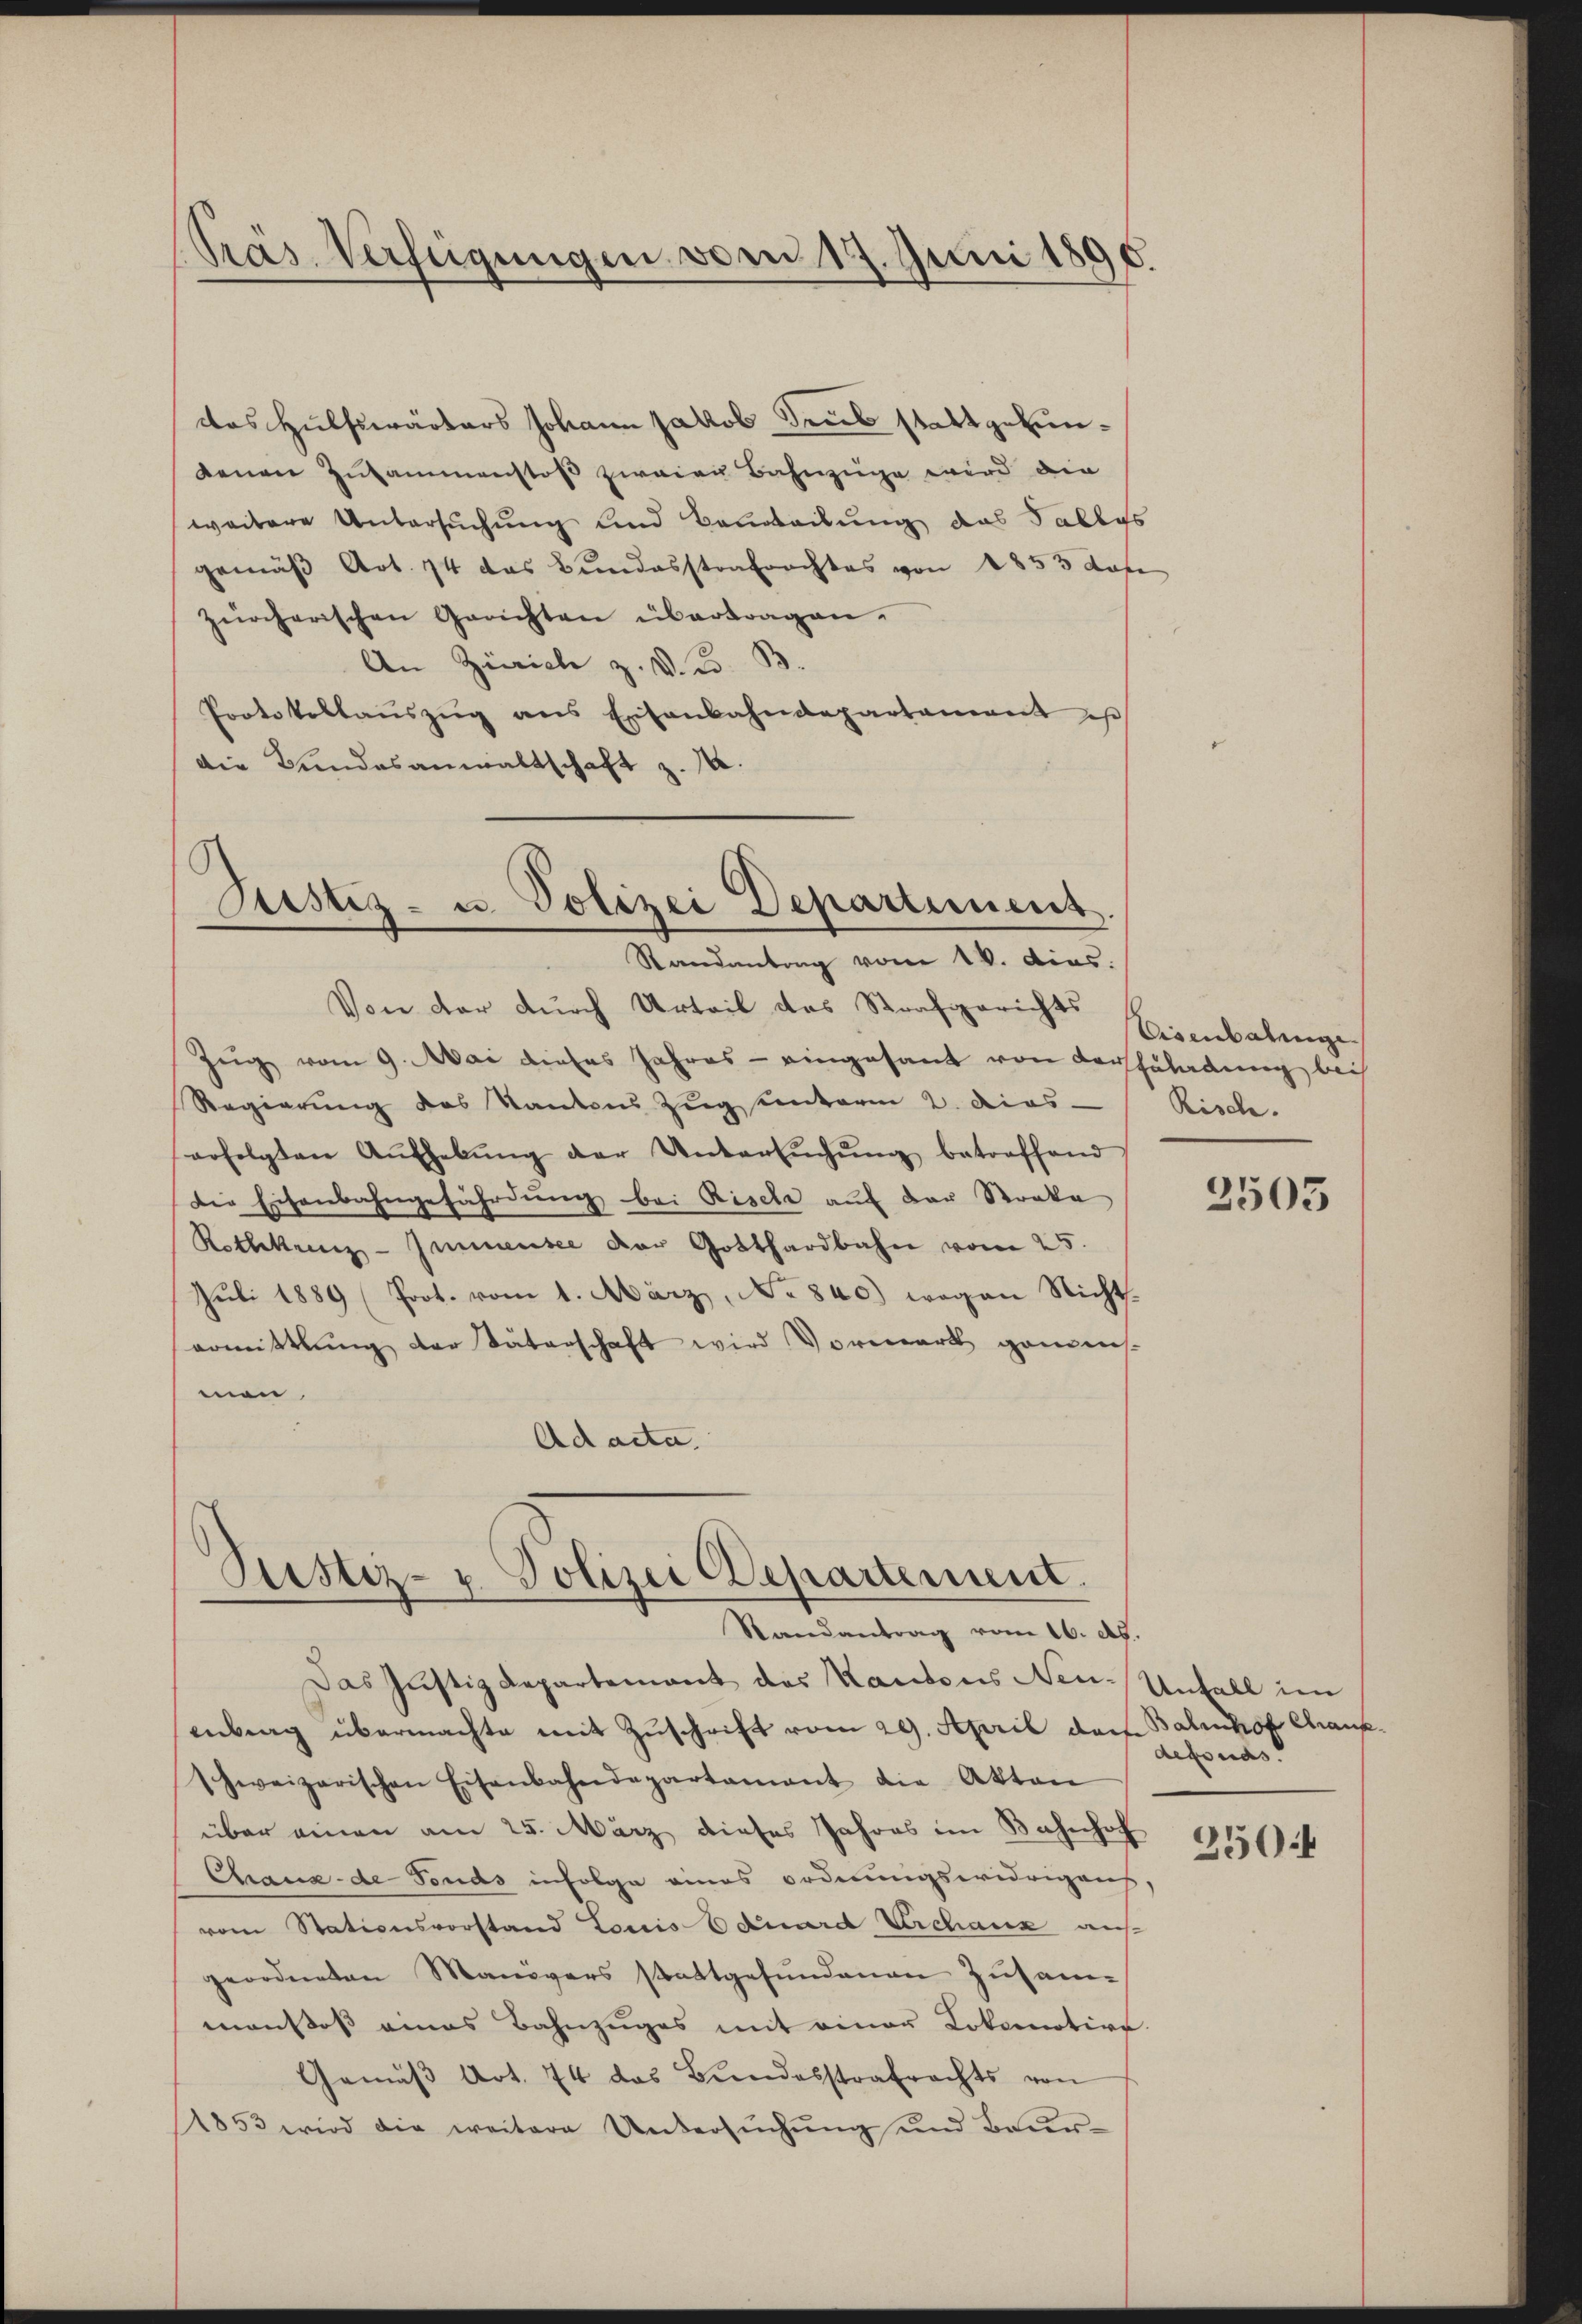
Präs. Verfügungen vom 19. Juni 1896.

das Hülfswärters Johann Jakob Saub stattgefundenen Zusammenstoß zweien Bahnzüge wird die
weitere Untersuchung und Beurteilung das Tablys
gemäβ Art. 74 das Bundesstrafrechtes von 1853 Sofe
zürcherischen Gerichten übertragen.
An Zürich z. V. K. B.
Protokollaŭszŭg ans Eisenbahndepartament es
Die Bundesanwaltschaft z. 10.

Justiz- u. Polizei Departement.

Justiz- u. Polizei Departement.
Randantrag vom 16. d.
Das Justizdepartement des Kantons Neu-Unfall im

Randantrag vom 14. dies
Von der durch Urteil das Strafgerichts
Zug vom 9. Mai dieses Jahres - eingesant von Vorzuladung bei
Regierung des Kantons Zug seinterm 2. dies
erfolgten Aŭfhebŭng der Untersŭchŭng betreffend
Die Eisenbahngefährdung bei Rische auf der Straka
Rothkreuz-Zimmensee der Gotthardbahn vom 25.
Juli 1889 (Prot. vom 1. März, No 840.) wegen Nichtsarmittlung der Väterschaft wird Vorwart ganzen-
men.
Ad acta.

Eisenbahnge
Risch.

enberg übermachte mit Zŭschrift vom 29. April doch Balmhof Chrauf
hweizerischen Eisenbahndepartamant die Akten
über einen am 25. März dieses Jahres im Bahnhof
Chaux-de Fonds infolge eines ordnungswidrigen
vom Stationsvorstand Louis Eduard Urchanz auf
geordneten Manövers stattgefundenen Zusammanstoß eines Bahnzuges mit einer Lokomotive.
Gemäβ Art. 74 das Bundesstrafrechts von
(1853 wird die weitere Untersŭchŭng und Beur-

3505

defonds

2504